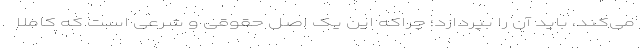
می‌کند، باید آن را بپردازد؛ چراکه این یک اصل حقوقی و شرعی است که کاملا